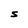
Character: S